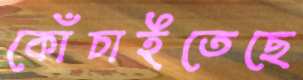
কোঁচাইতেছে